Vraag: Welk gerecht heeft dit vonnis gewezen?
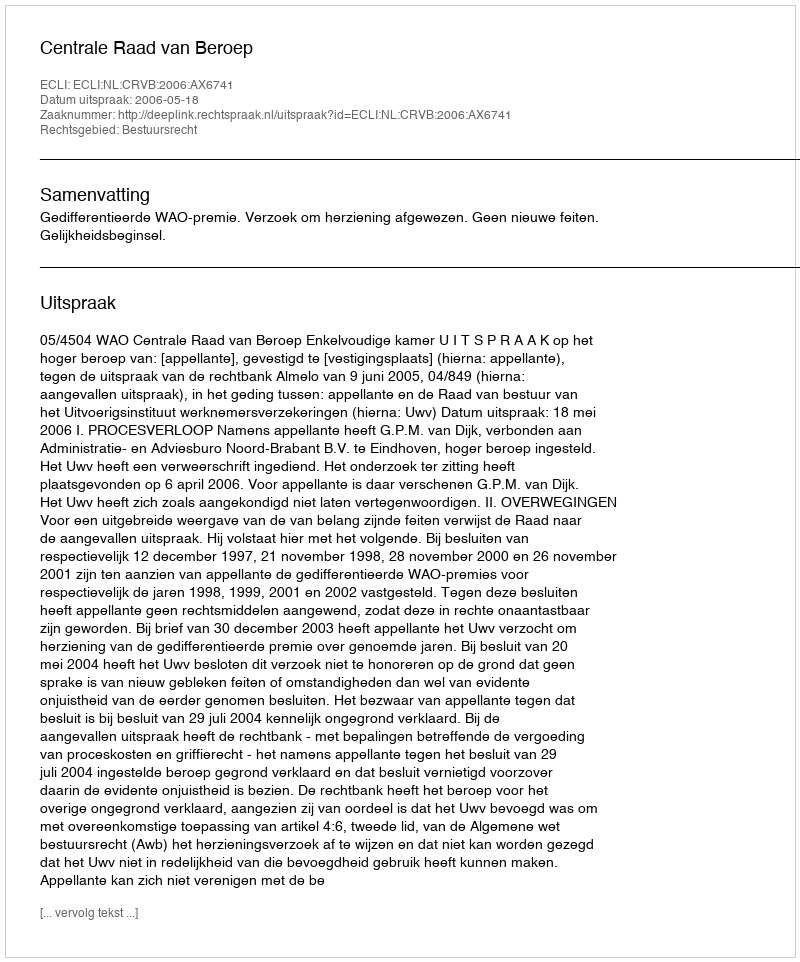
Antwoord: Centrale Raad van Beroep